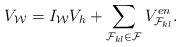
LaTeX: \begin{align*} V_{\mathcal W}=I_{\mathcal{W}}V_h + \sum_{\mathcal{F}_{k l} \in \mathcal{F}} V_{\mathcal{F}_{k l}}^{en}.\end{align*}